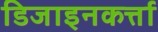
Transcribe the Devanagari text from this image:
डिजाइनकर्त्ता